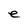
Character: e